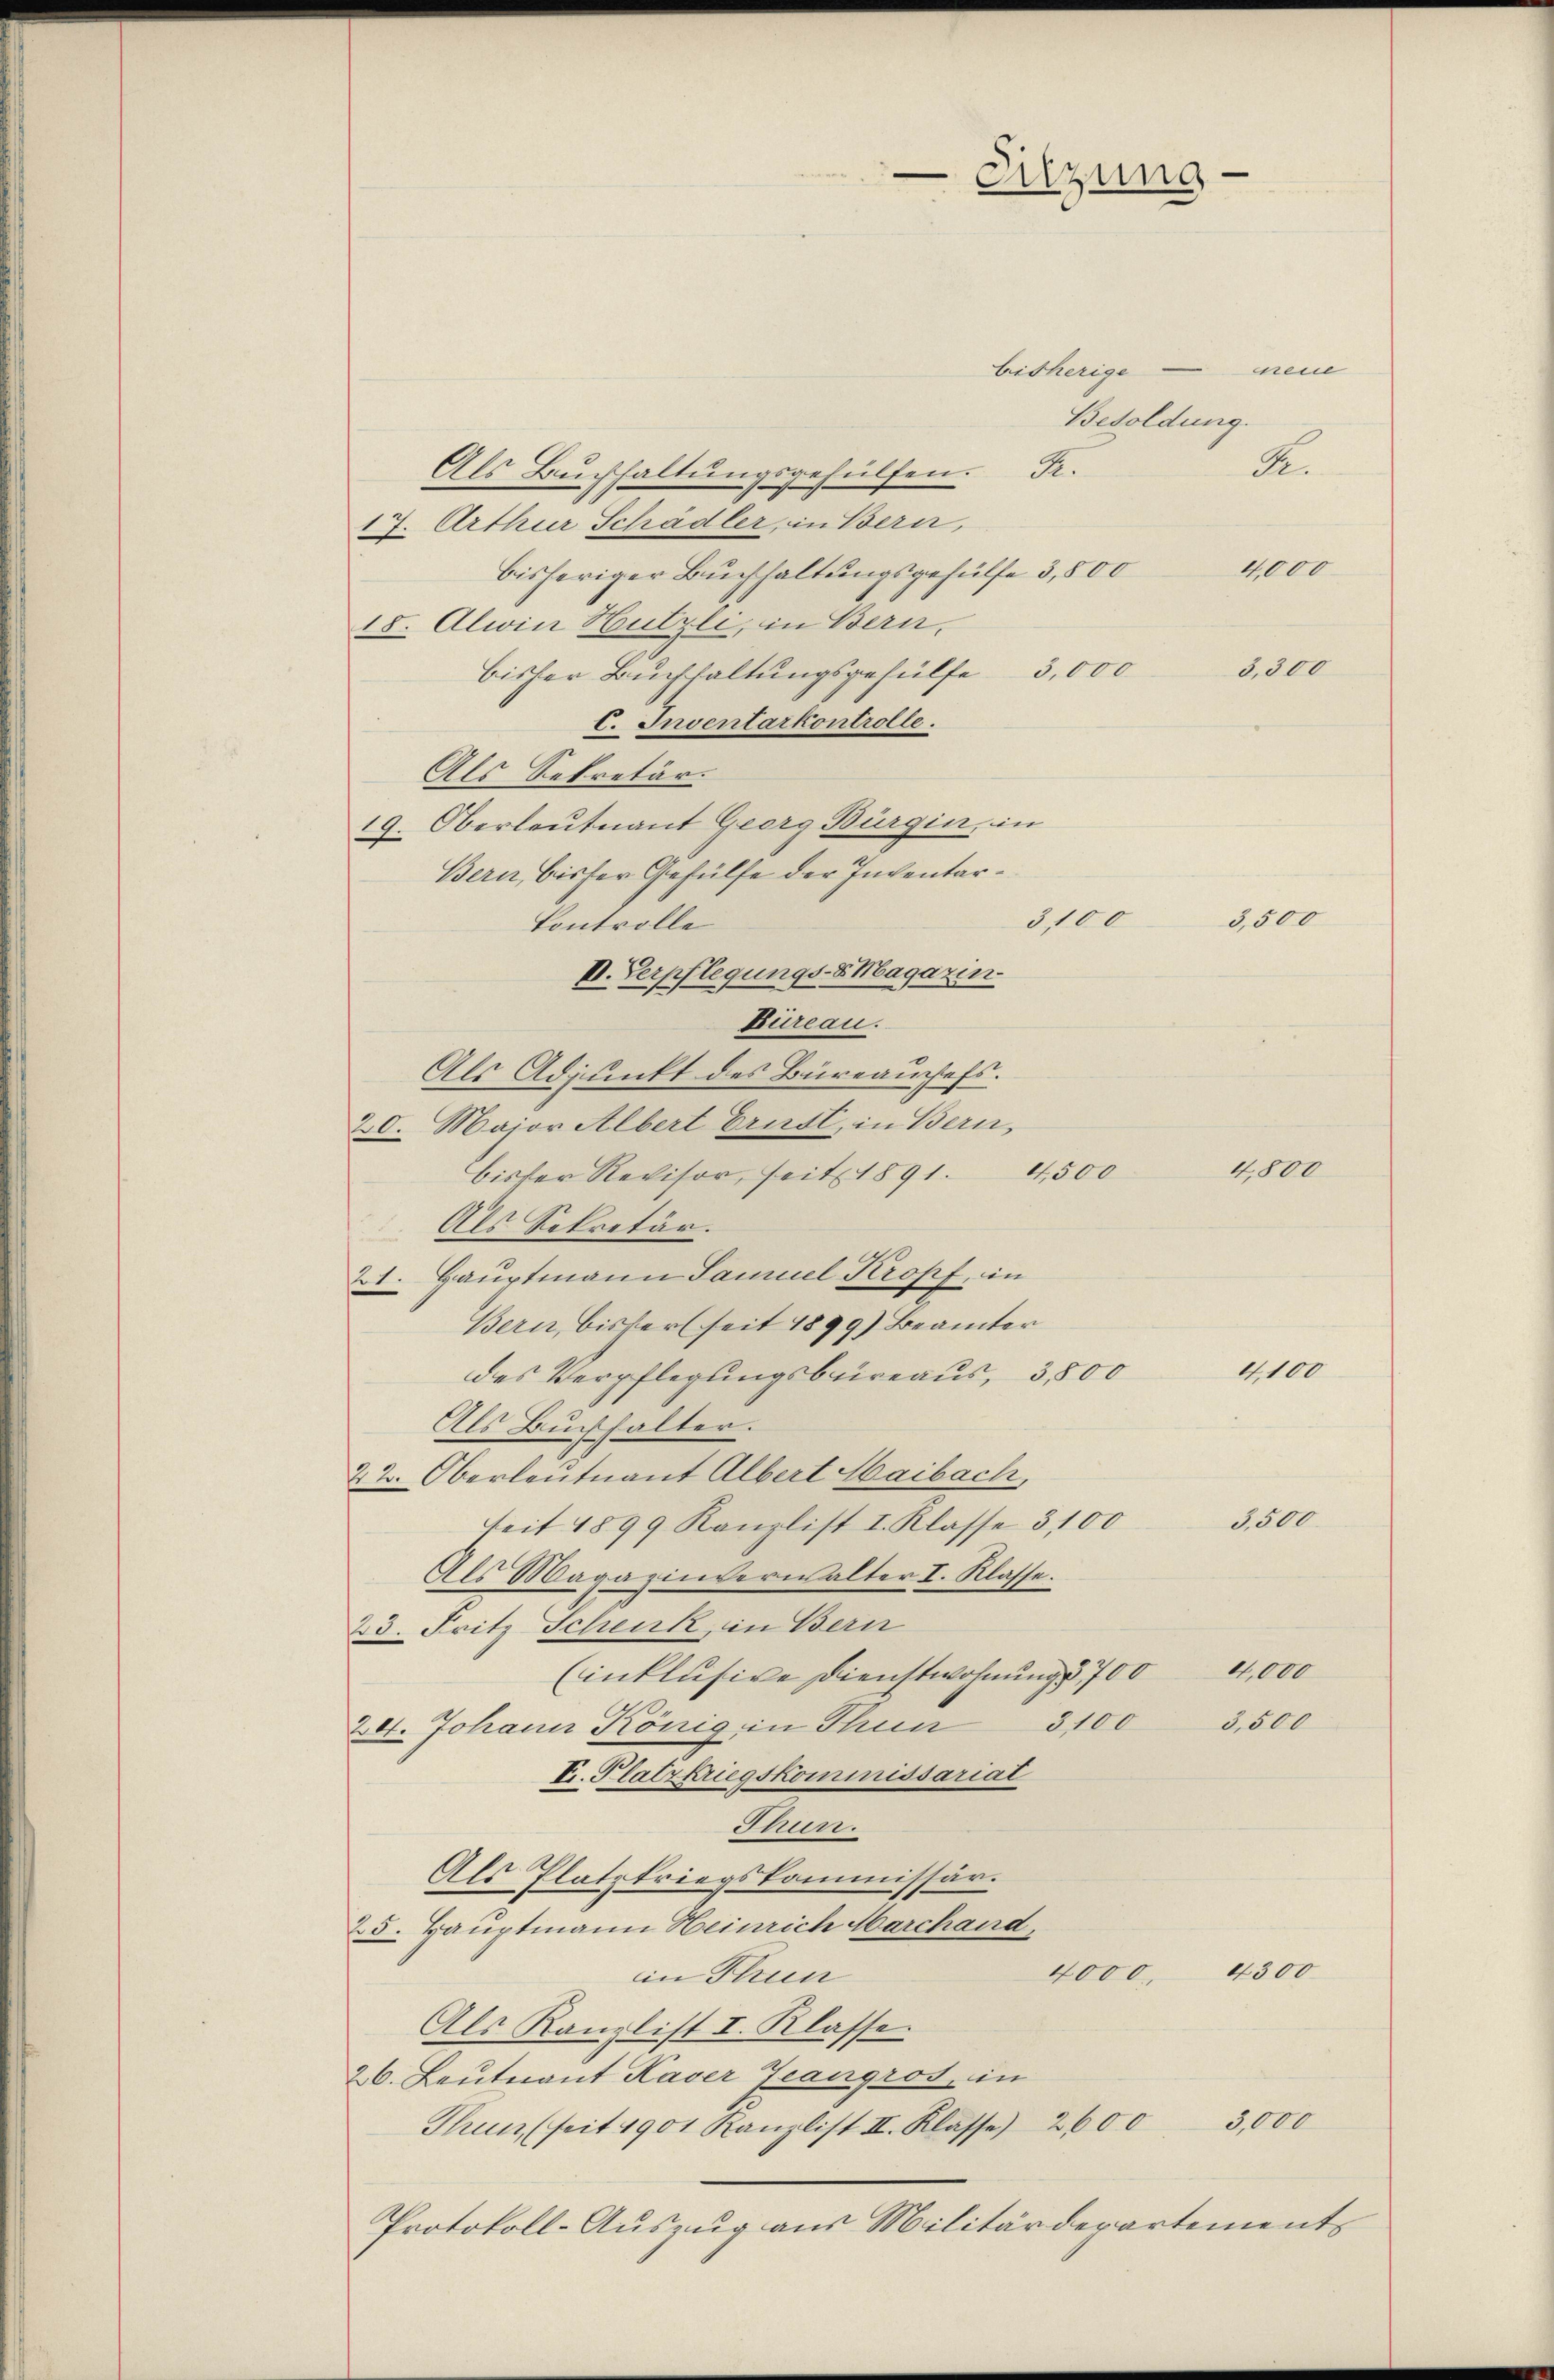
Sitzung

bisherige mene
Besoldung.
R.
Als Buchhaltungsgehülfen. Fr.
17. Arthur Schädler, in Bern,
4000
bisheriger Buchhaltungsgehülfe 3,500
18. Alwin Hutzli, in Bern,
3,300
bisher Buchhaltungsgehülfe 5,000
V. Inventarkontrolle.
Als Sekretär.
19. Oberleutnant Georg Bürgin, in
Bern, bisher Gehülfe der Inventar¬
3,100
Controlle
VI. Verpflegungs-Magazin
Büreau.
Als Adjunkt des Büreauschefs.
20. Major Albert Ernst, in Bern,
bister Revisor, seit 1891. 4500
Als Sekretär.
21. Hauptmann Samuel Kropf, in
Bern, bisher (seit 1899) Beamter
4,100
des Verpflegungsbureaus, 3,800
Als Buchhalter.
22. Oberleutnant Albert Maibach,
3,500
seit 1899 Kanzlist I. Klasse 3100
Als Magazinverwalter I. Klasse.
23. Fritz Schenk, in Bern
4,000
(inklusive Dienstwohnung 700
3100
3,500
24. Johann König in Thun
T. Platzkriegskominissariat
Thun.
Als Platzkriegskommissär.
25. Hauptmann Heinrich Marchand
4000. 4300
in Trun
Als Kanzlist I. Klasse.
26. Leutnant Kaser Zeangros, in
Thun, (seit 1901 Kanzlist II. Klasse) 2600 3,000
Protokoll-Auszug aus Militärdepartements

3,500

4,800